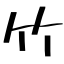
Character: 竹